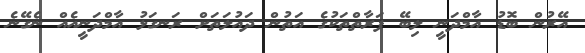
އޭރުން ބޮޑު އާމްދަނީ ލިބޭ ފަރާތްތަކުގެ އަތުން ދައުލަތަށް ރަނގަޅު އާމްދަނީއެއް ނެގޭނެ